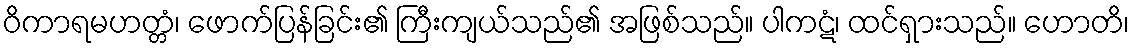
ဝိကာရမဟတ္တံ၊ ဖောက်ပြန်ခြင်း၏ ကြီးကျယ်သည်၏ အဖြစ်သည်။ ပါကဋံ၊ ထင်ရှားသည်။ ဟောတိ၊